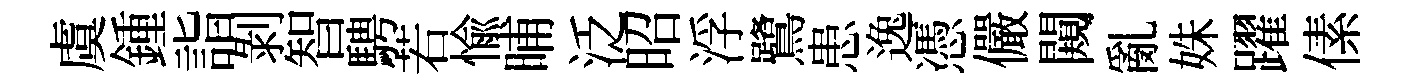
虞鍾詣剝智騁若愉晡泛昭浮鷺患逸憑儼闚亂姝躍傃